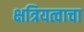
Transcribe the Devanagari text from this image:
क्षत्रियत्वाचा